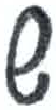
אות: ש